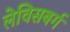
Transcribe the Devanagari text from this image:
लेविसबर्ग